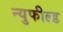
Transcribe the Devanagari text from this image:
न्युफील्ड